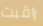
راقبت